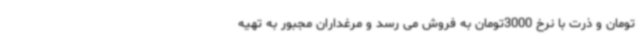
تومان و ذرت با نرخ 3000تومان به فروش می رسد و مرغداران مجبور به تهیه